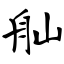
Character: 舢